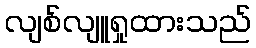
လျစ်လျူရှုထားသည်